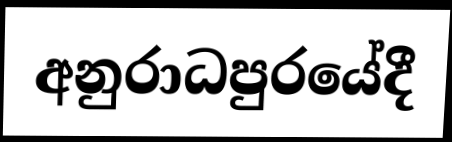
අනුරාධපුරයේදී